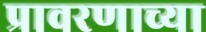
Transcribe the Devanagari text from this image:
प्रावरणाच्या